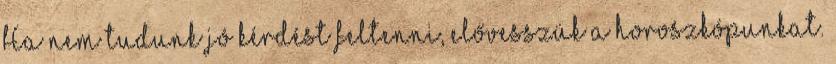
Ha nem tudunk jó kérdést feltenni, elővesszük a horoszkópunkat.